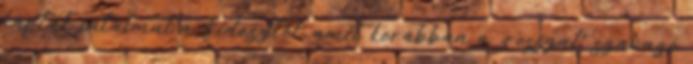
kapták jutalmul a Fidesztől, amit korábban a „rosszul” szavazó